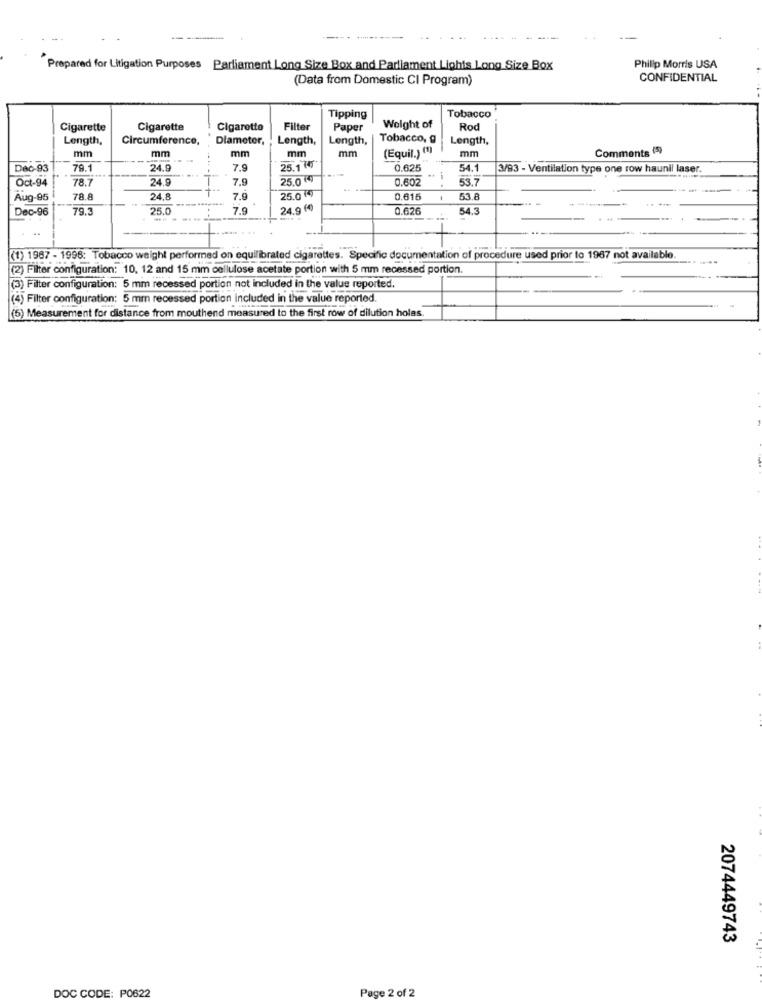
Prepared for Litigation Purposes Parliament Long Size Box and Parliament Lights Long Size Box
Philip Morris USA
(Data from Domestic CI Program)
CONFIDENTIAL
Tipping
Tobacco
Cigarette
Cigarette
Cigarette
Filte
Paper
Weight of
Rod
Length,
Circumference,
Diameter,
Length,
Length,
Tobacco, g
Length,
mm
mm
mm
(Equil.) (1)
mm
Comments (9)
mm
mm
Dec-93
79.1
24.9
7.9
25.1(45
0.625
54.1
3/93 - Ventilation type one row haunil laser.
Oct-94
78.7
24.9
7.9
25.0 (4)
0.602
--
53.7
Aug-05
78.8
24,8
7.9
25.0 ()
0.615
53.8
Dec-96
79.3
25.0
7.9
24.9 (4)
0.626
54.3
-. -
(1) 1967 - 1996: Tobacco weight performed on equilibrated cigarettes. Specific documentation of procedure used prior to 1967 not available
(2) Filter configuration: 10, 12 and 15 mm cellulose acetate portion with 5 mm recessed portion.
(3) Filter configuration: 5 mm recessed portion not included in the value reported.
(4) Filter configuration: 5 mm recessed portion included in the value reported.
(5) Measurement for distance from mouthend measured to the first row of dilution holas.
2074449743
DOC CODE: P0622
Page 2 of 2